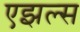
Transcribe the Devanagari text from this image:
एझल्स